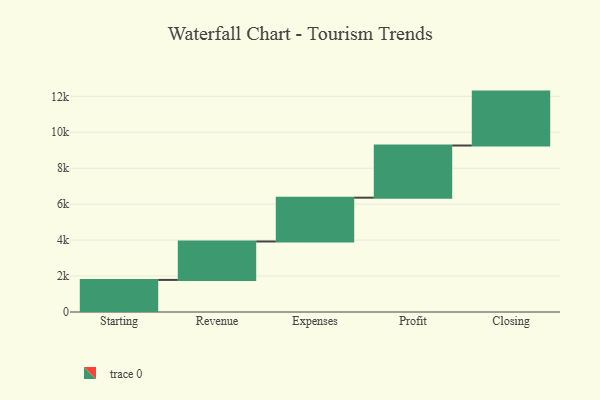
{"axis": {"x": "Step", "y": "Value"}, "legend": [""], "data": [{"x": "Starting", "y": 1785.0, "type": ""}, {"x": "Revenue", "y": 2139.0, "type": ""}, {"x": "Expenses", "y": 2437.0, "type": ""}, {"x": "Profit", "y": 2903.0, "type": ""}, {"x": "Closing", "y": 3000, "type": ""}]}